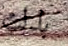
بذلت